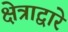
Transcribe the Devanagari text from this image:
क्षेत्राद्वारे